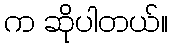
က ဆိုပါတယ်။